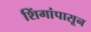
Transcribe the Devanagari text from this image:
शिंगांपासून